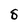
Character: 8